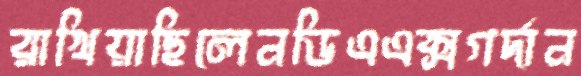
রাখিয়াছিলেনডিএএক্সগর্দান